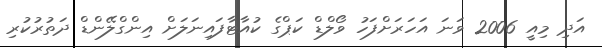
އަދި މިއީ 2006 ވަނަ އަހަރަށްފަހު ވޯލްޑް ކަޕްގެ ކުއާޓާފައިނަލަށް އިންގްލޭންޑް ދަތުރުކުރި